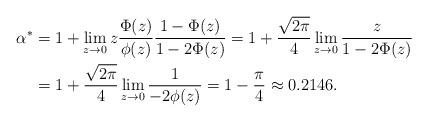
LaTeX: \begin{align*}\alpha^*&=1+\lim_{z\rightarrow 0}z\frac{\Phi(z)}{\phi(z)}\frac{1-\Phi(z)}{1-2\Phi(z)}=1+\frac{\sqrt{2\pi}}{4}\lim_{z\rightarrow 0}\frac{z}{1-2\Phi(z)}\\&=1+\frac{\sqrt{2\pi}}{4}\lim_{z\rightarrow 0}\frac{1}{-2\phi(z)}=1-\frac{\pi}{4}\approx0.2146.\end{align*}